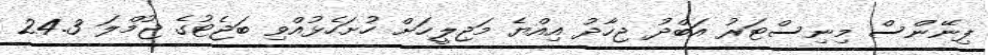
ފިނޭންސް މިނިސްޓަރު އަބްދު ޖިހާދު އިއްޔެ މަޖިލީހަށް ހުށަހެޅުއްވި ބަޖެޓުގެ ޖުމްލަ 24.3